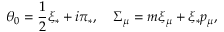
\theta _ { 0 } = \frac { 1 } { 2 } \xi _ { * } + i \pi _ { * } , \quad \Sigma _ { \mu } = m \xi _ { \mu } + \xi _ { * } p _ { \mu } ,